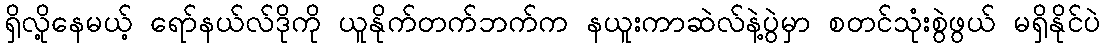
ရှိလို့နေမယ့် ရော်နယ်လ်ဒိုကို ယူနိုက်တက်ဘက်က နယူးကာဆဲလ်နဲ့ပွဲမှာ စတင်သုံးစွဲဖွယ် မရှိနိုင်ပဲ